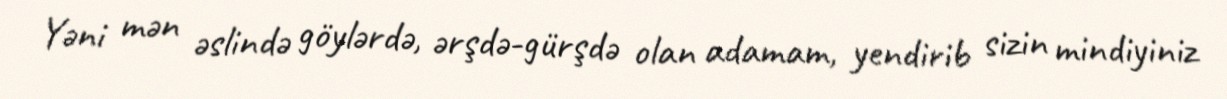
Yəni mən əslində göylərdə, ərşdə-gürşdə olan adamam, yendirib sizin mindiyiniz